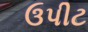
ઉપીટ